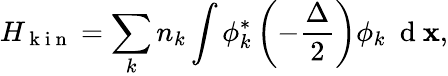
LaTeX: H_{\mathrm{~k~i~n~}}=\sum_{k}{n_{k}\int{\phi_{k}^{*}\left(-\frac{\Delta}{2}\right)\phi_{k}\ \mathrm{~d~}{\mathbf x}}},